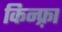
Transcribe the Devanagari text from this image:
किन्फ़्रा